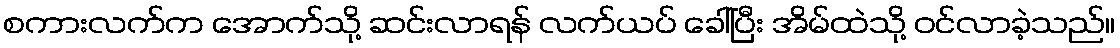
စကားလက်က အောက်သို့ ဆင်းလာရန် လက်ယပ် ခေါ်ပြီး အိမ်ထဲသို့ ဝင်လာခဲ့သည်။